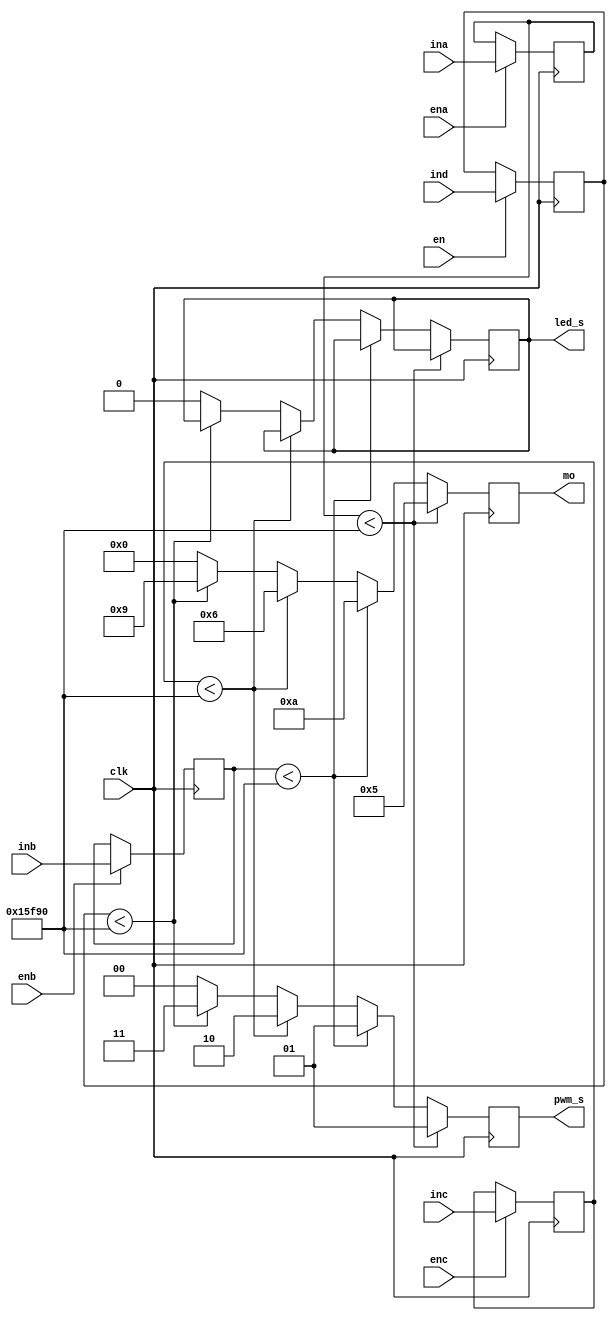
module disp(clk,ina,inb,inc,ind,ena,enb,enc,en,mo,pwm_s,led_s);

input clk;
input ena,enb,enc,en;
input [19:0]ina,inb,inc,ind;
output [3:0]mo;
output [1:0]pwm_s;
output led_s;

reg [3:0]mo;
reg [19:0]ina_buf,inb_buf,inc_buf,ind_buf;
reg [1:0] pwm_s;
reg led_s;

always@(posedge clk)
begin
if(ena == 1)
  begin
    ina_buf <= ina ;
  end
end

always@(posedge clk)
begin
if(enb == 1)
  begin
    inb_buf <= inb ;
  end
end

always@(posedge clk)
begin
if(enc == 1)
  begin
    inc_buf <= inc ;
  end
end

always@(posedge clk)
begin
if(en == 1)
  begin
    ind_buf <= ind ;
  end
end


always @ (posedge clk)
begin
     
	   if(ina_buf < 90000)
	   begin
	   mo <= 4'b0101;
		pwm_s <= 2'b01;
		end
		else if(inb_buf < 90000)
		begin
		mo <= 4'b1010;
		pwm_s <= 2'b01;
		end
		else if(inc_buf < 90000)
		begin
		mo <= 4'b0110;
		pwm_s <= 2'b10;
		end
		else if(ind_buf < 90000)
      begin
		mo <= 4'b1001;
		pwm_s <= 2'b11;
      end
		else 
		begin
		mo <= 4'b0000;
		pwm_s <= 2'b00;
      led_s <= 1'b0;
		end
end



endmodule